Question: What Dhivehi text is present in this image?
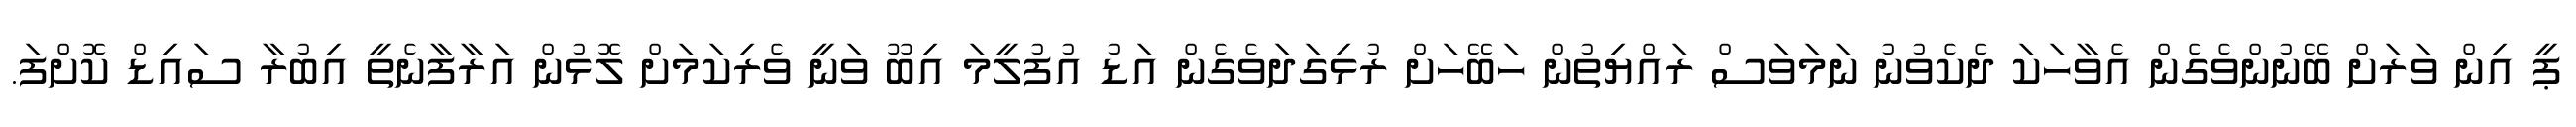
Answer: ޕީ އިން ވަރަށް ބޭނުންވެގެން އެވާހަކަ ދެކެވުނު ނަމަވަސް ރައްޔިތުން ހަބޭހަށް ރުޅިގަދަވެގެން އަޑު އުފުލީމަ އިބޫ ވަނީ ވެރިކަމަށް ލޮޅުން އަރާފާނެތީ އިބުރާ ސައިޑް ކޮށްފަ.